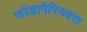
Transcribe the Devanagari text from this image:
फोंडापैरिनक्स